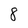
Character: 8